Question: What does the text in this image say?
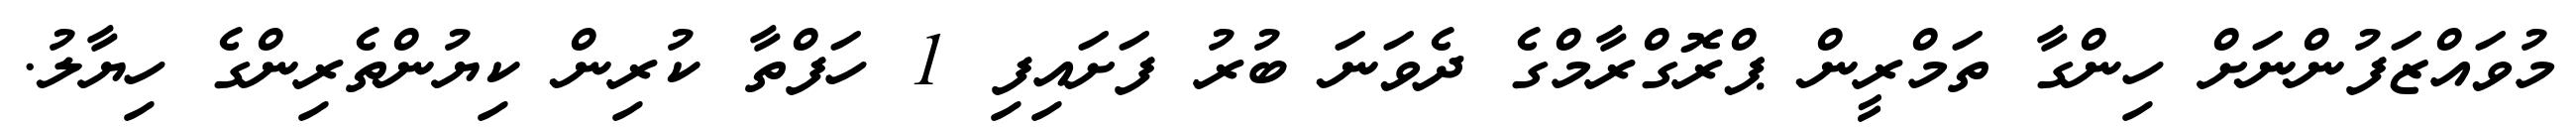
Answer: މުވައްޒަފުންނަށް ހިންގާ ތަމްރީން ޕްރޮގްރާމްގެ ދެވަނަ ބުރު ފަށައިފި 1 ހަފްތާ ކުރިން ކިޔުންތެރިންގެ ހިޔާލު.